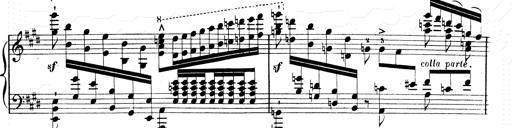
Title: 2 Transcriptions d'aprÃ¨s Rossini
Composer: Franz Liszt